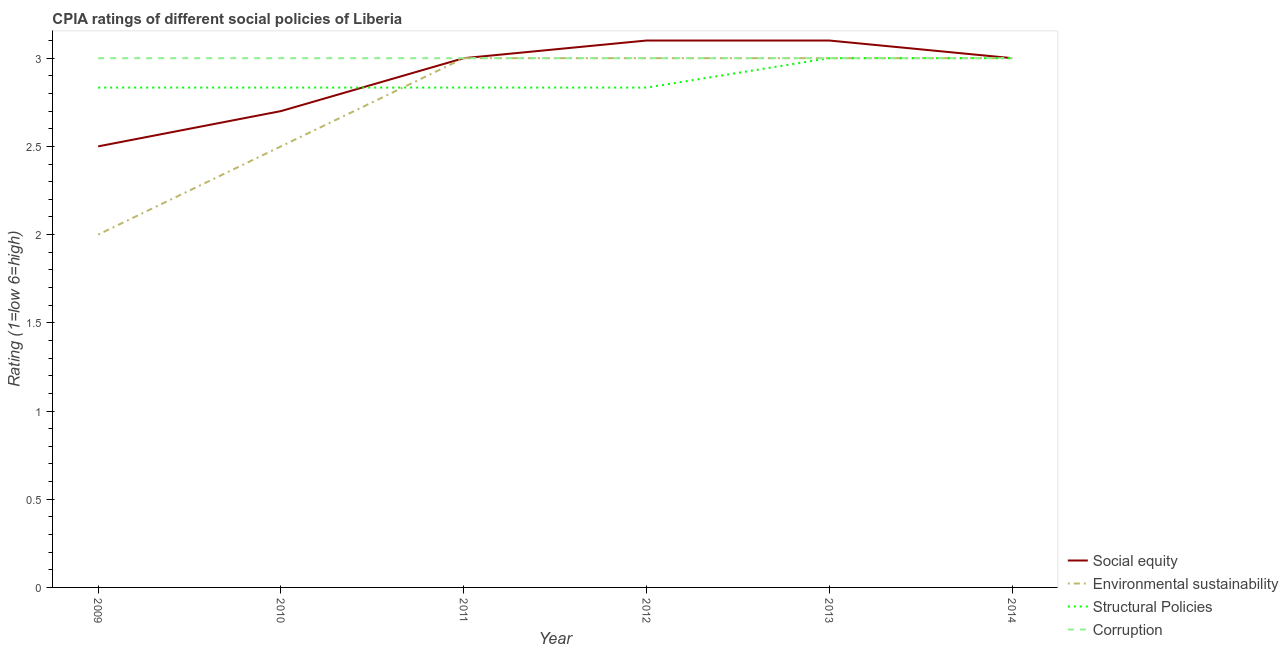
| Year | Social equity | Environmental sustainability | Structural Policies | Corruption |
 | --- | --- | --- | --- | --- |
 | 2009 | 2.5 | 2 | 2.83 | 3 |
 | 2010 | 2.7 | 2.5 | 2.83 | 3 |
 | 2011 | 3 | 3 | 2.83 | 3 |
 | 2012 | 3.1 | 3 | 2.83 | 3 |
 | 2013 | 3.1 | 3 | 3 | 3 |
 | 2014 | 3 | 3 | 3 | 3 |